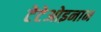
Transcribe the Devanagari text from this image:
टेटेओइनान